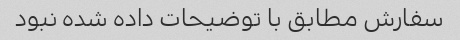
سفارش مطابق با توضیحات داده شده نبود